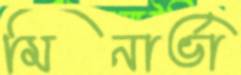
মিনার্ভা